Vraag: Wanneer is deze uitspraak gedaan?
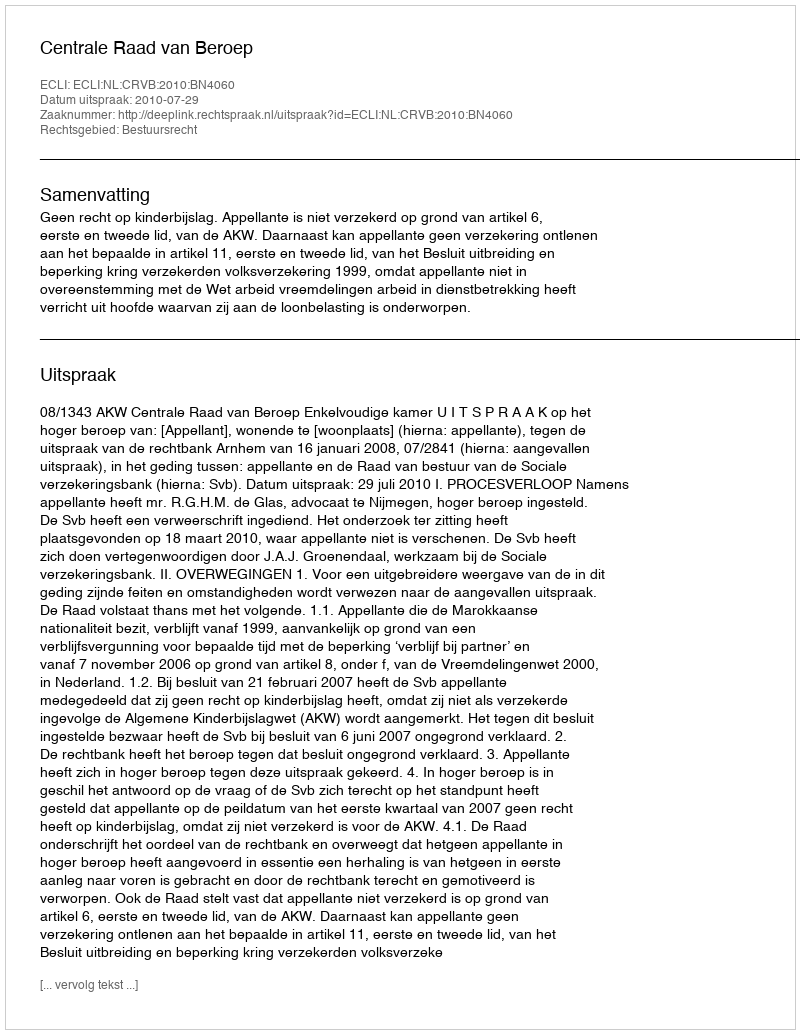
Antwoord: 2010-07-29